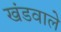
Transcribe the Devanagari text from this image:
खंडवाले